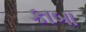
કાબા